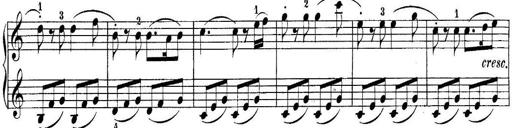
Title: 10 Sonatines progressives
Composer: Anton Schmoll